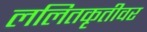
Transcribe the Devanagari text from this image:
ललितकृतीवर